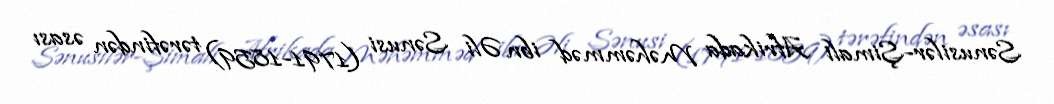
Sənusilər-Şimali Afrikada Məhəmməd ibn Əli Sənusi (1791-1859) tərəfindən əsası